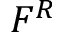
F ^ { R }